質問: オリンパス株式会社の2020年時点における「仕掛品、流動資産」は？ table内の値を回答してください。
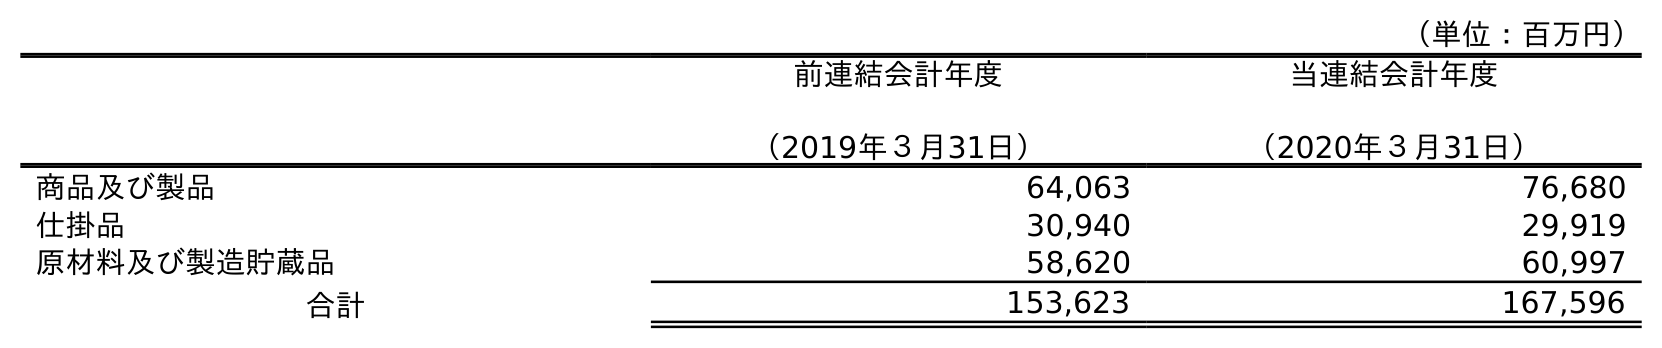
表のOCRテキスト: （単位：百万円） 前連結会計年度 （2019年３月31日） 当連結会計年度 （2020年３月31日） 商品及び製品 64,063 76,680 仕掛品 30,940 29,919 原材料及び製造貯蔵品 58,620 60,997 合計 153,623 167,596
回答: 29,919